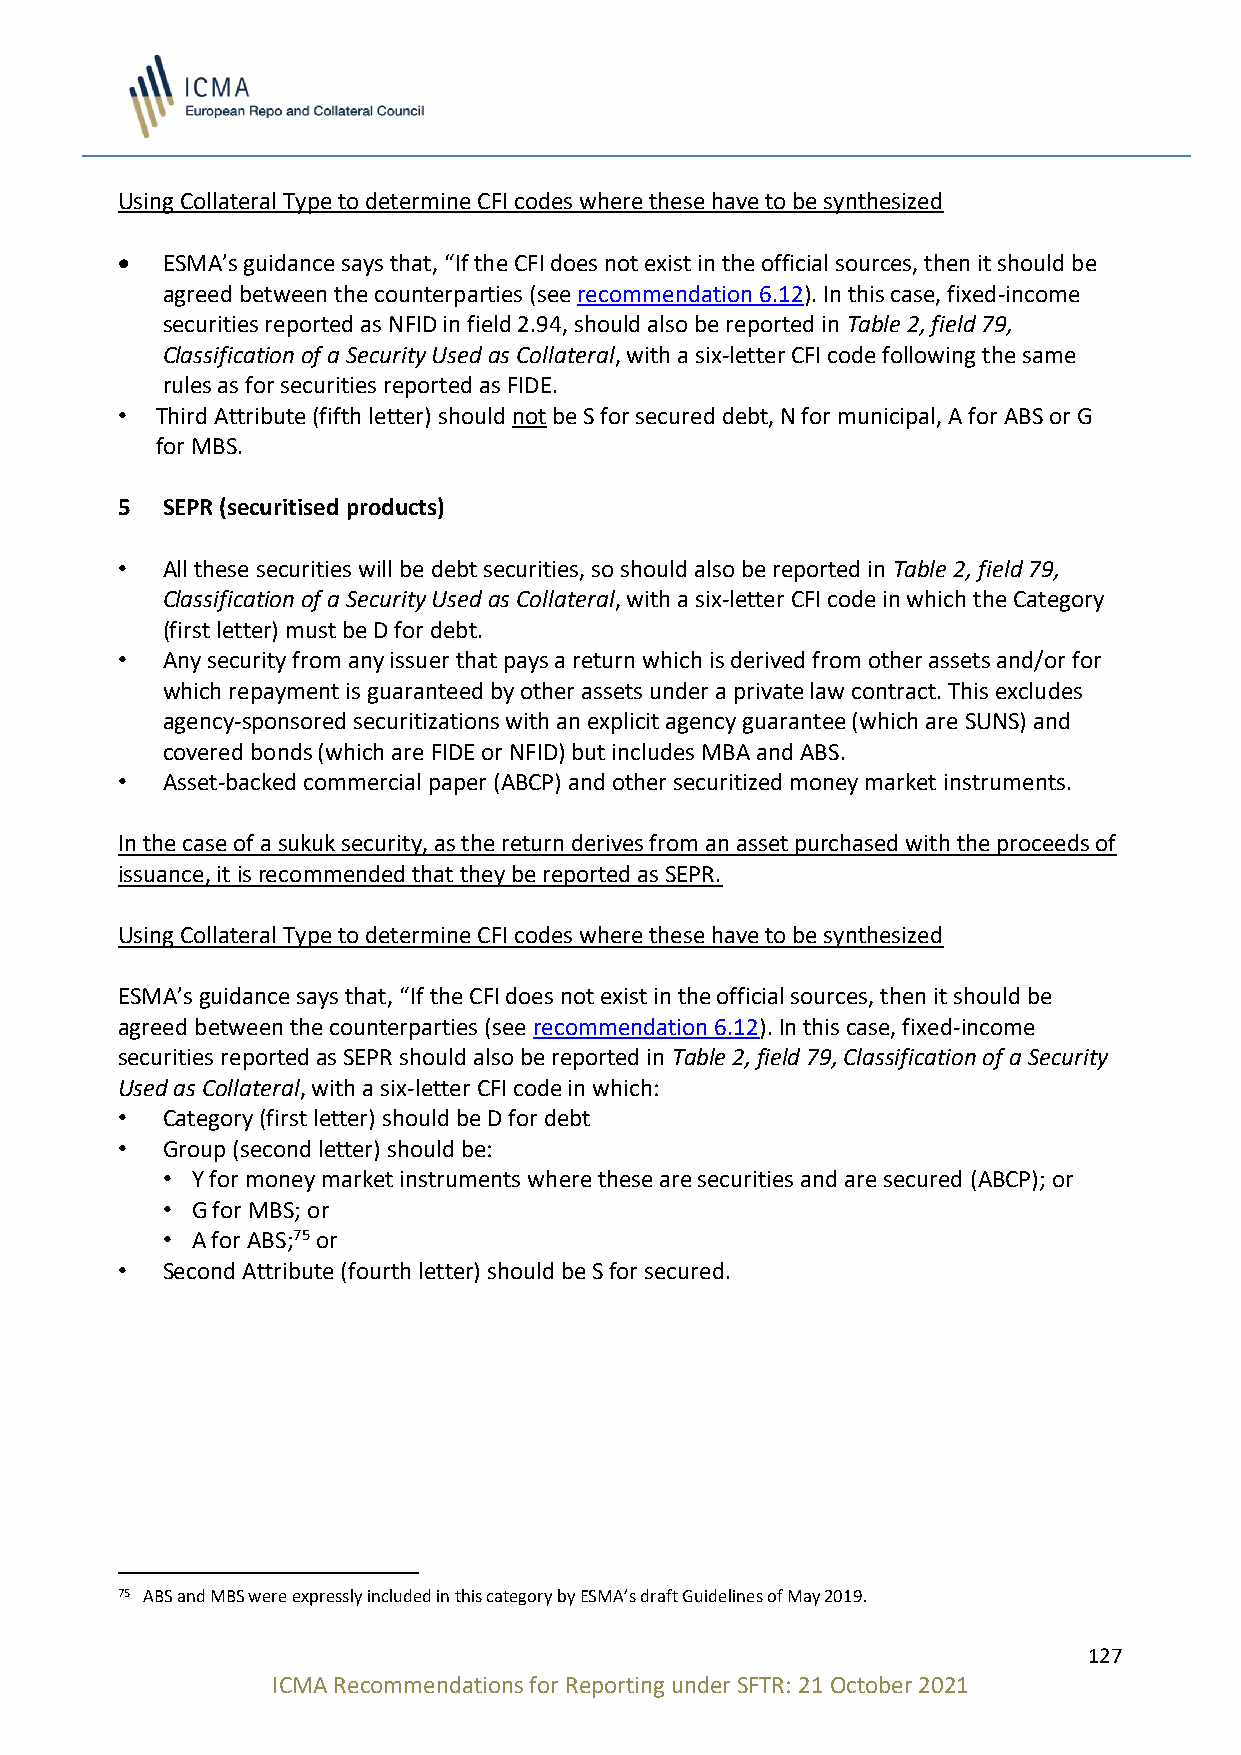
Using Collateral Type to determine CFI codes where these have to be synthesized
 •  ESMA’s guidance says that, “If the CFI does not exist in the official sources, then it should be
 agreed between the counterparties (see recommendation 6.12). In this case, fixed-income
 securities reported as NFID in field 2.94, should also be reported in Table 2, field 79,
 Classification of a Security Used as Collateral, with a six-letter CFI code following the same
 rules as for securities reported as FIDE.
 • Third Attribute (fifth letter) should not be S for secured debt, N for municipal, A for ABS or G
 for MBS.
 5  SEPR (securitised products)
 •  All these securities will be debt securities, so should also be reported in Table 2, field 79,
 Classification of a Security Used as Collateral, with a six-letter CFI code in which the Category
 (first letter) must be D for debt.
 •  Any security from any issuer that pays a return which is derived from other assets and/or for
 which repayment is guaranteed by other assets under a private law contract. This excludes
 agency-sponsored securitizations with an explicit agency guarantee (which are SUNS) and
 covered bonds (which are FIDE or NFID) but includes MBA and ABS.
 •  Asset-backed commercial paper (ABCP) and other securitized money market instruments.
 In the case of a sukuk security, as the return derives from an asset purchased with the proceeds of
 issuance, it is recommended that they be reported as SEPR.
 Using Collateral Type to determine CFI codes where these have to be synthesized
 ESMA’s guidance says that, “If the CFI does not exist in the official sources, then it should be
 agreed between the counterparties (see recommendation 6.12). In this case, fixed-income
 securities reported as SEPR should also be reported in Table 2, field 79, Classification of a Security
 Used as Collateral, with a six-letter CFI code in which:
 •  Category (first letter) should be D for debt
 •  Group (second letter) should be:
 • Y for money market instruments where these are securities and are secured (ABCP); or
 • G for MBS; or
 • A for ABS;75 or
 •  Second Attribute (fourth letter) should be S for secured.
 75 ABS and MBS were expressly included in this category by ESMA’s draft Guidelines of May 2019.
 127
 ICMA Recommendations for Reporting under SFTR: 21 October 2021